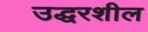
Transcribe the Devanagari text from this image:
उद्धरशील